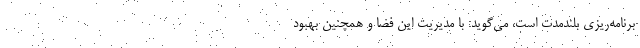
برنامه‌ریزی بلندمدت است، می‌گوید: با مدیریت این فضا و همچنین بهبود